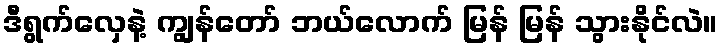
ဒီရွက်လှေနဲ့ ကျွန်တော် ဘယ်လောက် မြန် မြန် သွားနိုင်လဲ။